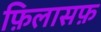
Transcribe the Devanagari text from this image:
फ़िलासफ़